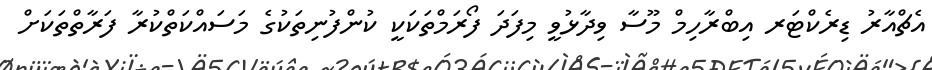
އެޗްއާރު ޑިރެކްޓަރ އިބްރާހިމް މޫސާ ވިދާޅުވީ މިފަދަ ފޯރަމްތަކަކީ ކުންފުނިތަކުގެ މަސައްކަތްކުރާ ފަރާތްތަކަށް